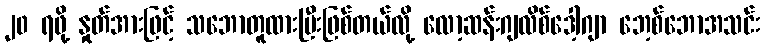
၂၀ ရဖို့ နှုတ်အားဖြင့် သဘောတူထားပြီးဖြစ်တယ်လို့ လော့ဆန်းဂျလိစ်ဒေါ့ဂျာ ဘေ့စ်ဘောအသင်း